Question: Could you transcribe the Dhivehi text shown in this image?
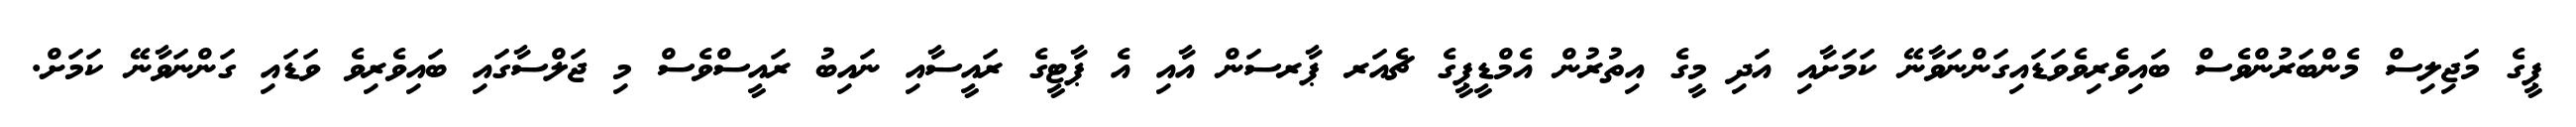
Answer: ޕީގެ މަޖިލިސް މެންބަރުންވެސް ބައިވެރިވެވަޑައިގަންނަވާނޭ ކަމަށާއި އަދި މީގެ އިތުރުން އެމްޑީޕީގެ ޗެއަރ ޕާރސަން އާއި އެ ޕާޓީގެ ރައީސާއި ނައިބު ރައީސްވެސް މި ޖަލްސާގައި ބައިވެރިވެ ވަޑައި ގަންނަވާނޭ ކަމަށް.